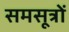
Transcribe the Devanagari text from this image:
समसूत्रों